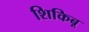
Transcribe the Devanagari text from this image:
शिकिबू